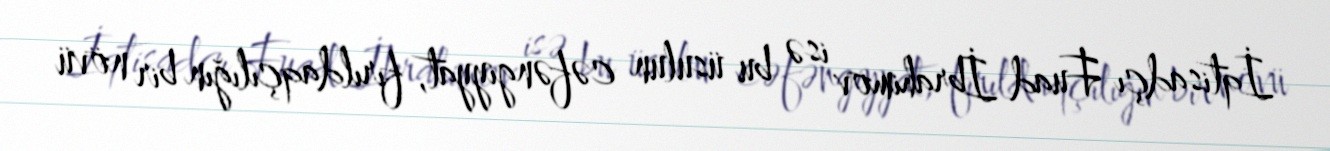
İqtisadçı Fuad İbrahimov isə bu üsulun cəfəngiyyat, fırıldaqçılığın bir növü